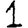
Digit: 1